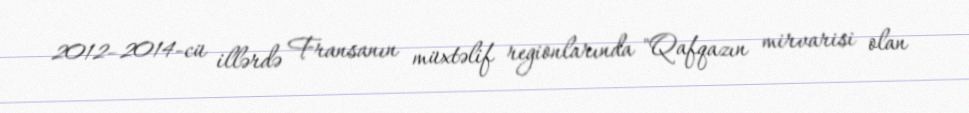
2012–2014-cü illərdə Fransanın müxtəlif regionlarında "Qafqazın mirvarisi olan